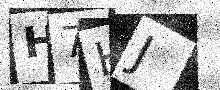
Text: H7HJ